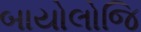
બાયોલોજિ